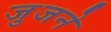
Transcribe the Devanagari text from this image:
जुजने